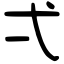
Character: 弌